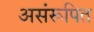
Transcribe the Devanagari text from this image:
असंरूपित